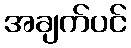
အချက်ပင်